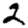
Digit: 2